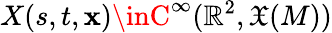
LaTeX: X(s,t,\mathbf{x})\inC^{\infty}(\mathbb{{R}}^{2},{\mathfrak{{X}}}(M))